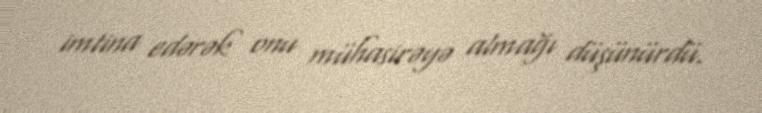
imtina edərək onu mühasirəyə almağı düşünürdü.